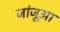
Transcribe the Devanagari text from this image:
जांजूआ